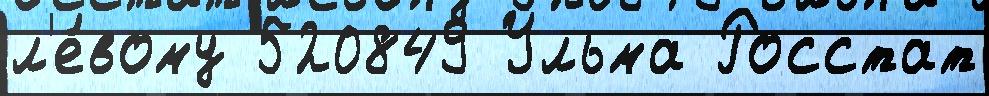
л'е́вому 520849 Ульма Росстат